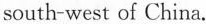
south-west of China.